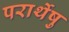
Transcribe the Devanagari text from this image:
परार्थेषु